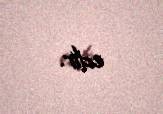
edir.